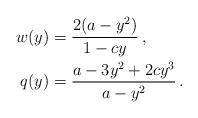
LaTeX: \begin{align*}w(y) & = \frac{2(a-y^2)}{1-cy}\,,\\q(y) & = \frac{a-3y^2 + 2c y^3}{a-y^2}\,.\end{align*}